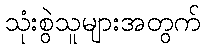
သုံးစွဲသူများအတွက်